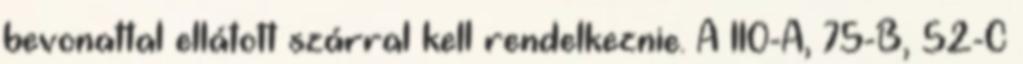
bevonattal ellátott szárral kell rendelkeznie. A 110-A, 75-B, 52-C